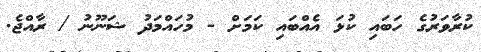
ކުރާވަރުގެ ހަބައި ކުޅަ އެއްބައި ކަމަށް - މުހައްމަދު ޝަނޫނު / ރާއްޖެ.